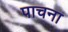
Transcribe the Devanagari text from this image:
पाचना